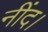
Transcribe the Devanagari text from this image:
नींद।